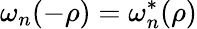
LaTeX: \omega_{n}(-\rho)={\omega}_{n}^{*}(\rho)